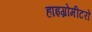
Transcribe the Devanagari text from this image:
हाइग्रोमीटरों